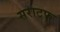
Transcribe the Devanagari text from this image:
सराटफ